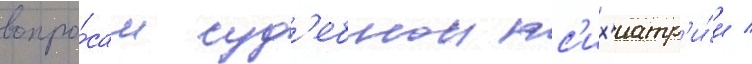
вопро́сам суд'ебнои пс'их'иатр'и́и /